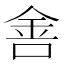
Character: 𰼟